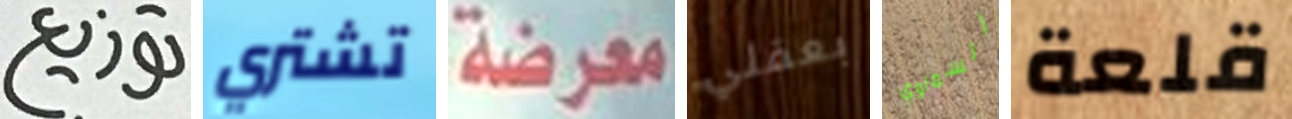
توزيع تشتري معرضة بعقلي السماوي قلعة